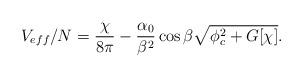
LaTeX: \begin{align*}V_{eff}/N = \frac{\chi}{8 \pi} - \frac {\alpha_0} {\beta^2} \cos \beta\sqrt{\phi_c^2 + G[\chi]}.\end{align*}